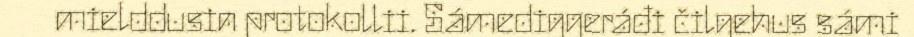
mielddusin protokollii. Sámediggeráđi čilgehus sámi